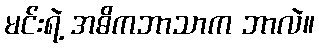
မင်းရဲ့ အဓိကဘာသာက ဘာလဲ။